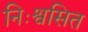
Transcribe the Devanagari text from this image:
निःश्वसित